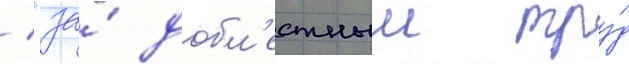
/ "за́ добл'естныи тру́д